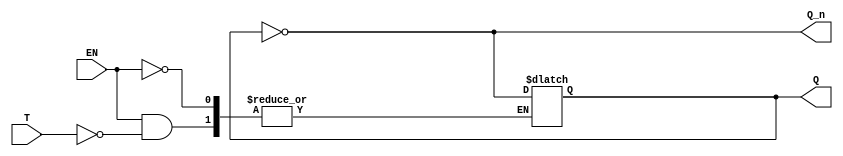
module Gated_T_Latch(
    input wire T,            // Toggle input
    input wire EN,          // Enable input
    output reg Q,           // Output Q
    output wire Q_n         // Complementary output Q'
);

// Complementary output
assign Q_n = ~Q;

// Always block to implement the Gated T Latch behavior
always @(*) begin
    if (EN) begin
        if (T) begin
            Q <= ~Q;       // Toggle state when EN is high and T is high
        end
        // Do nothing if T is low (Q remains the same)
    end
    // When EN is low, Q retains its value (no change)
end

endmodule